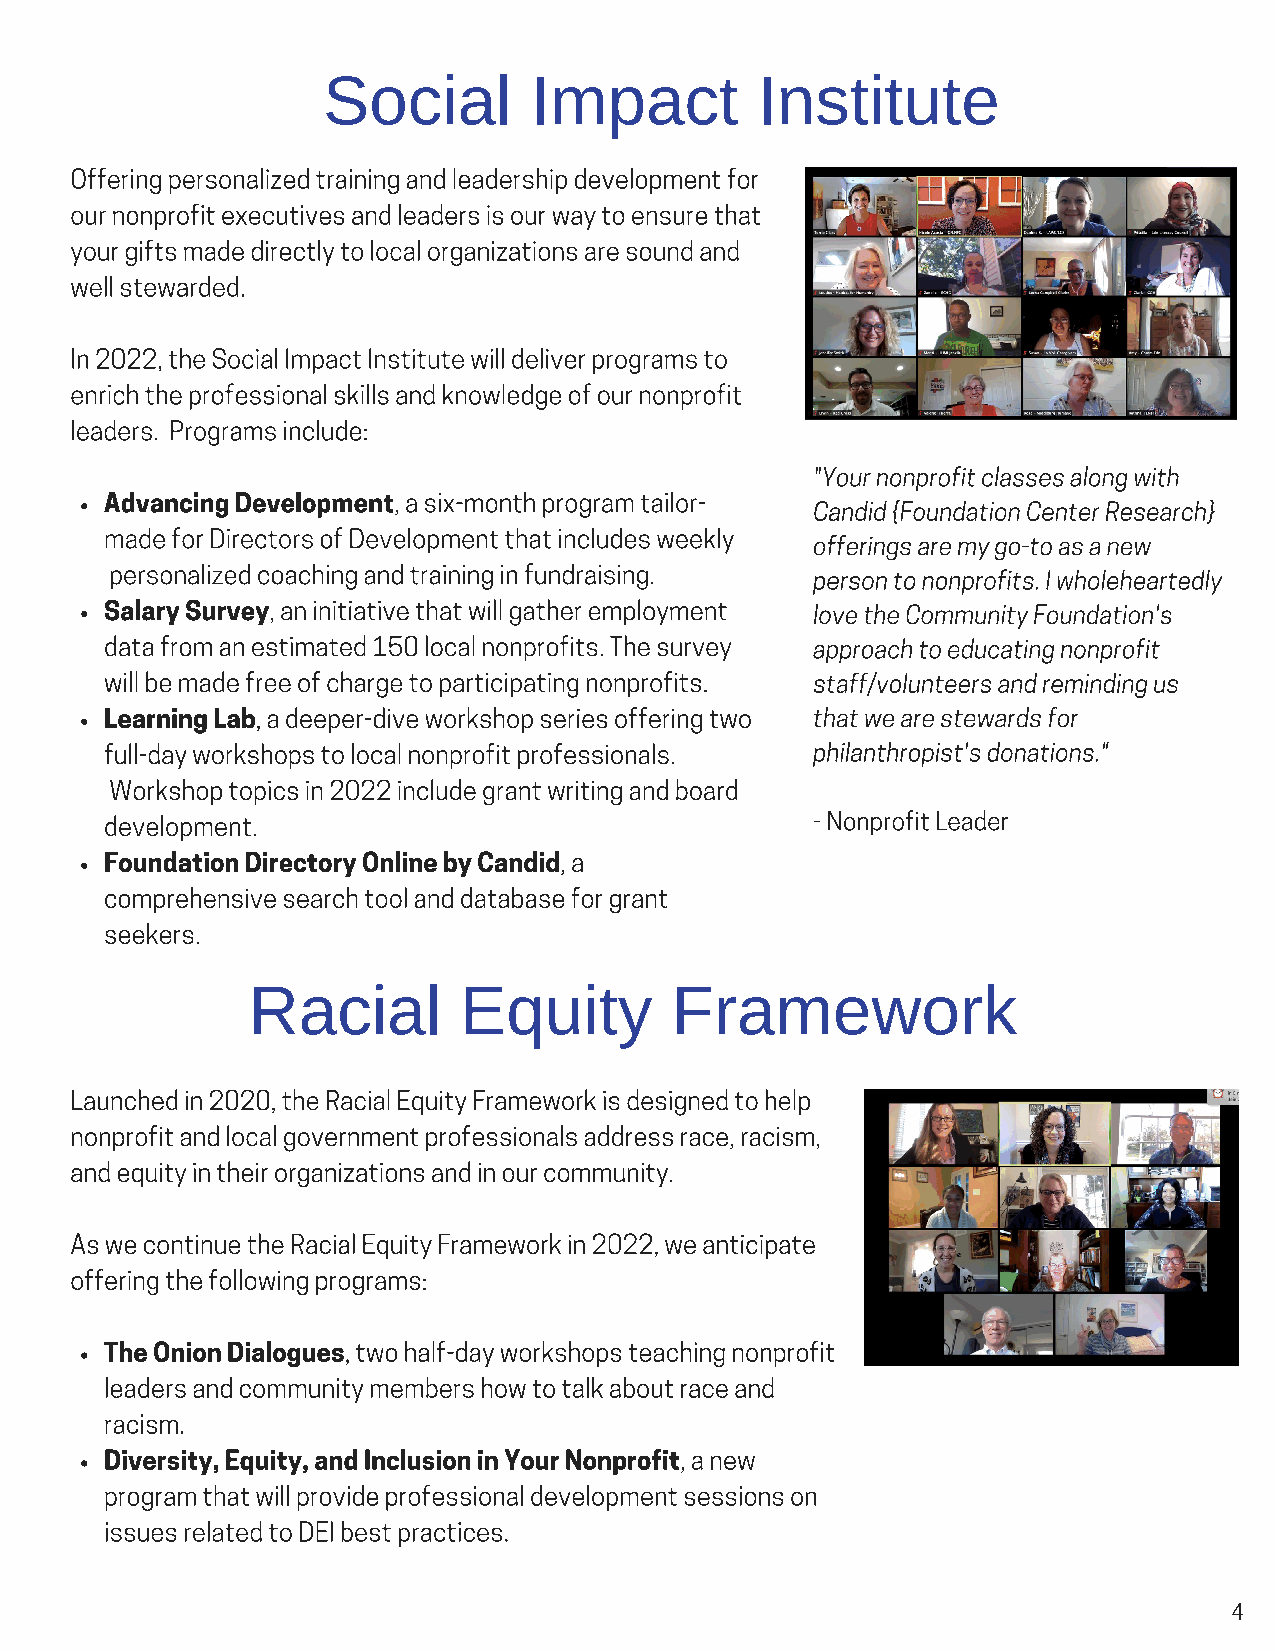
Social        Impact         Institute
 Offering personalized training and leadership development for
 our nonprofit executives and leaders is our way to ensure that
 your gifts made directly to local organizations are sound and
 well stewarded.
 In 2022, the Social Impact Institute will deliver programs to
 enrich the professional skills and knowledge of our nonprofit
 leaders. Programs include:
 "Your nonprofit classes along with
 Advancing Development, a six-month program tailor-
 Candid {Foundation Center Research}
 made for Directors of Development that includes weekly
 offerings are my go-to as a new
 personalized coaching and training in fundraising.
 person to nonprofits. I wholeheartedly
 Salary Survey, an initiative that will gather employment love the Community Foundation's
 data from an estimated 150 local nonprofits. The survey approach to educating nonprofit
 will be made free of charge to participating nonprofits. staff/volunteers and reminding us
 Learning Lab, a deeper-dive workshop series offering two that we are stewards for
 full-day workshops to local nonprofit professionals. philanthropist's donations."
 Workshop topics in 2022 include grant writing and board
 development.                                   - Nonprofit Leader
 Foundation Directory Online by Candid, a
 comprehensive search tool and database for grant
 seekers.
 Racial        Equity        Framework
 Launched in 2020, the Racial Equity Framework is designed to help
 nonprofit and local government professionals address race, racism,
 and equity in their organizations and in our community.
 As we continue the Racial Equity Framework in 2022, we anticipate
 offering the following programs:
 The Onion Dialogues, two half-day workshops teaching nonprofit
 leaders and community members how to talk about race and
 racism.
 Diversity, Equity, and Inclusion in Your Nonprofit, a new
 program that will provide professional development sessions on
 issues related to DEI best practices.
 4